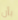
بأن